画像に写った文字を読んでください
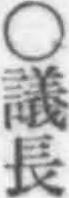
「○議長」と書いてあります